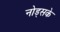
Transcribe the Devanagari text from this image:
नोड्सके